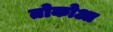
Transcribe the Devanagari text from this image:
तोकोआ